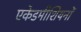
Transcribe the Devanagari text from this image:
एकेडमीशियनों